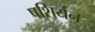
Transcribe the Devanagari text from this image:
पशिर्यन